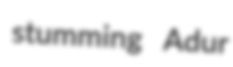
stumming Adur